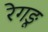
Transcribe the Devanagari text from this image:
रेगङू